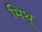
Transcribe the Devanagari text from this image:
मिथ्